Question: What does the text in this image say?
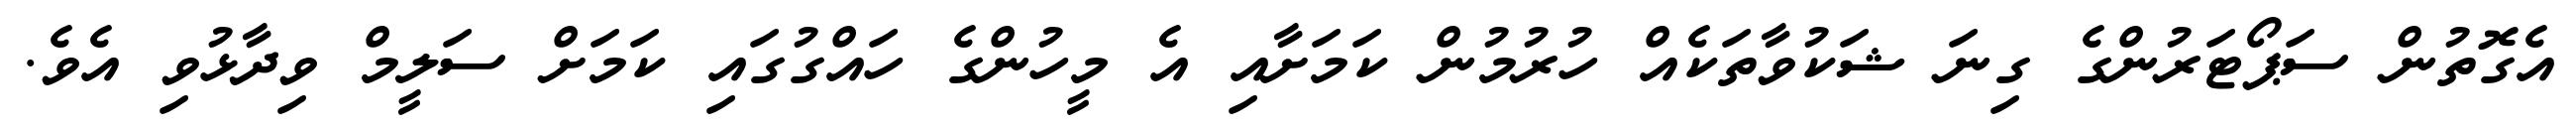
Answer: އެގޮތުން ސަޕޯޓަރުންގެ ގިނަ ޝަކުވާތަކެއް ހުރުމުން ކަމަށާއި އެ މީހުންގެ ހައްގުގައި ކަމަށް ސަލީމް ވިދާޅުވި އެވެ.